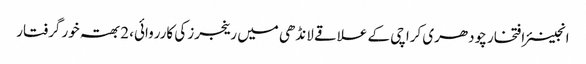
انجینئر افتخار چودھری	 کراچی کے علاقے لانڈھی میں رینجرز کی کارروائی، 2 بھتہ خور گرفتار